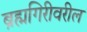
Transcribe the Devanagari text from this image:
ब्रह्मगिरीवरील